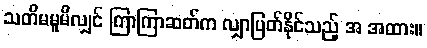
သတိမမူမိလျှင် ကြာကြာဆတ်က လျှာပြတ်နိုင်သည့် အ အထား။